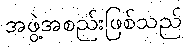
အဖွဲ့အစည်းဖြစ်သည်